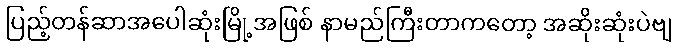
ပြည့်တန်ဆာအပေါဆုံးမြို့အဖြစ် နာမည်ကြီးတာကတော့ အဆိုးဆုံးပဲဗျ